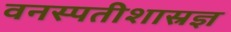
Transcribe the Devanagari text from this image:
वनस्पतीशास्रज्ञ